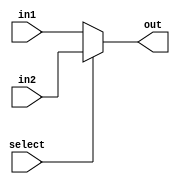
module muxDois5B(in1,in2,select,out);
	input[4:0] in1, in2;
	input select;
	output wire[4:0] out;
	reg[4:0] outReg;
	assign out = outReg;
	always @(*) 
		if(select) outReg = in2;
		else outReg = in1;
endmodule